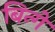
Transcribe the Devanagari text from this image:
बिन्गें